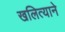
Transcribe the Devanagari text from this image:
खलित्याने